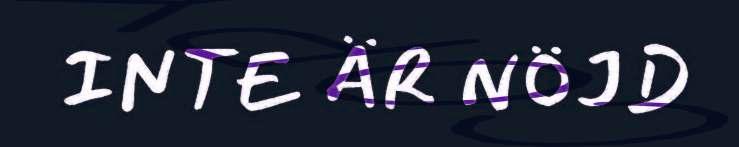
INTE ÄR NÖJD